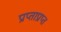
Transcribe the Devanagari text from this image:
प्राप्ताप्राप्त